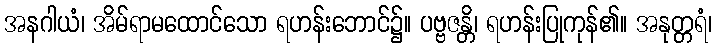
အနဂါယံ၊ အိမ်ရာမထောင်သော ရဟန်းဘောင်၌။ ပဗ္ဗဇန္တိ၊ ရဟန်းပြုကုန်၏။ အနုတ္တရံ၊